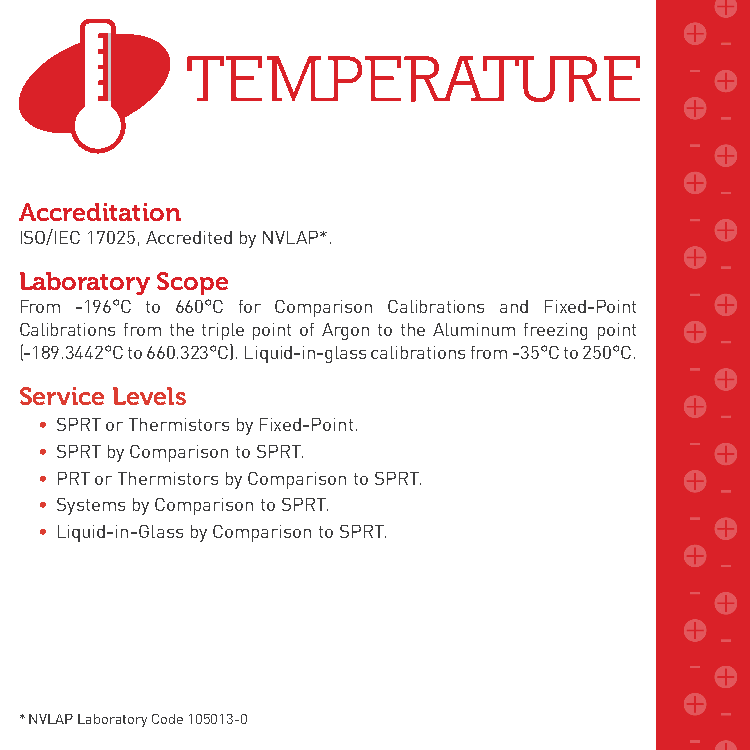
Accreditation
 ISO/IEC 17025, Accredited by NVLAP*.
 Laboratory Scope
 From -196°C to 660°C for Comparison Calibrations and Fixed-Point
 Calibrations from the triple point of Argon to the Aluminum freezing point
 (-189.3442°C to 660.323°C). Liquid-in-glass calibrations from -35°C to 250°C.
 Service Levels
 • SPRT or Thermistors by Fixed-Point.
 • SPRT by Comparison to SPRT.
 • PRT or Thermistors by Comparison to SPRT.
 • Systems by Comparison to SPRT.
 • Liquid-in-Glass by Comparison to SPRT.
 * NVLAP Laboratory Code 105013-0